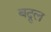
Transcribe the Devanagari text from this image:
बद्रुल